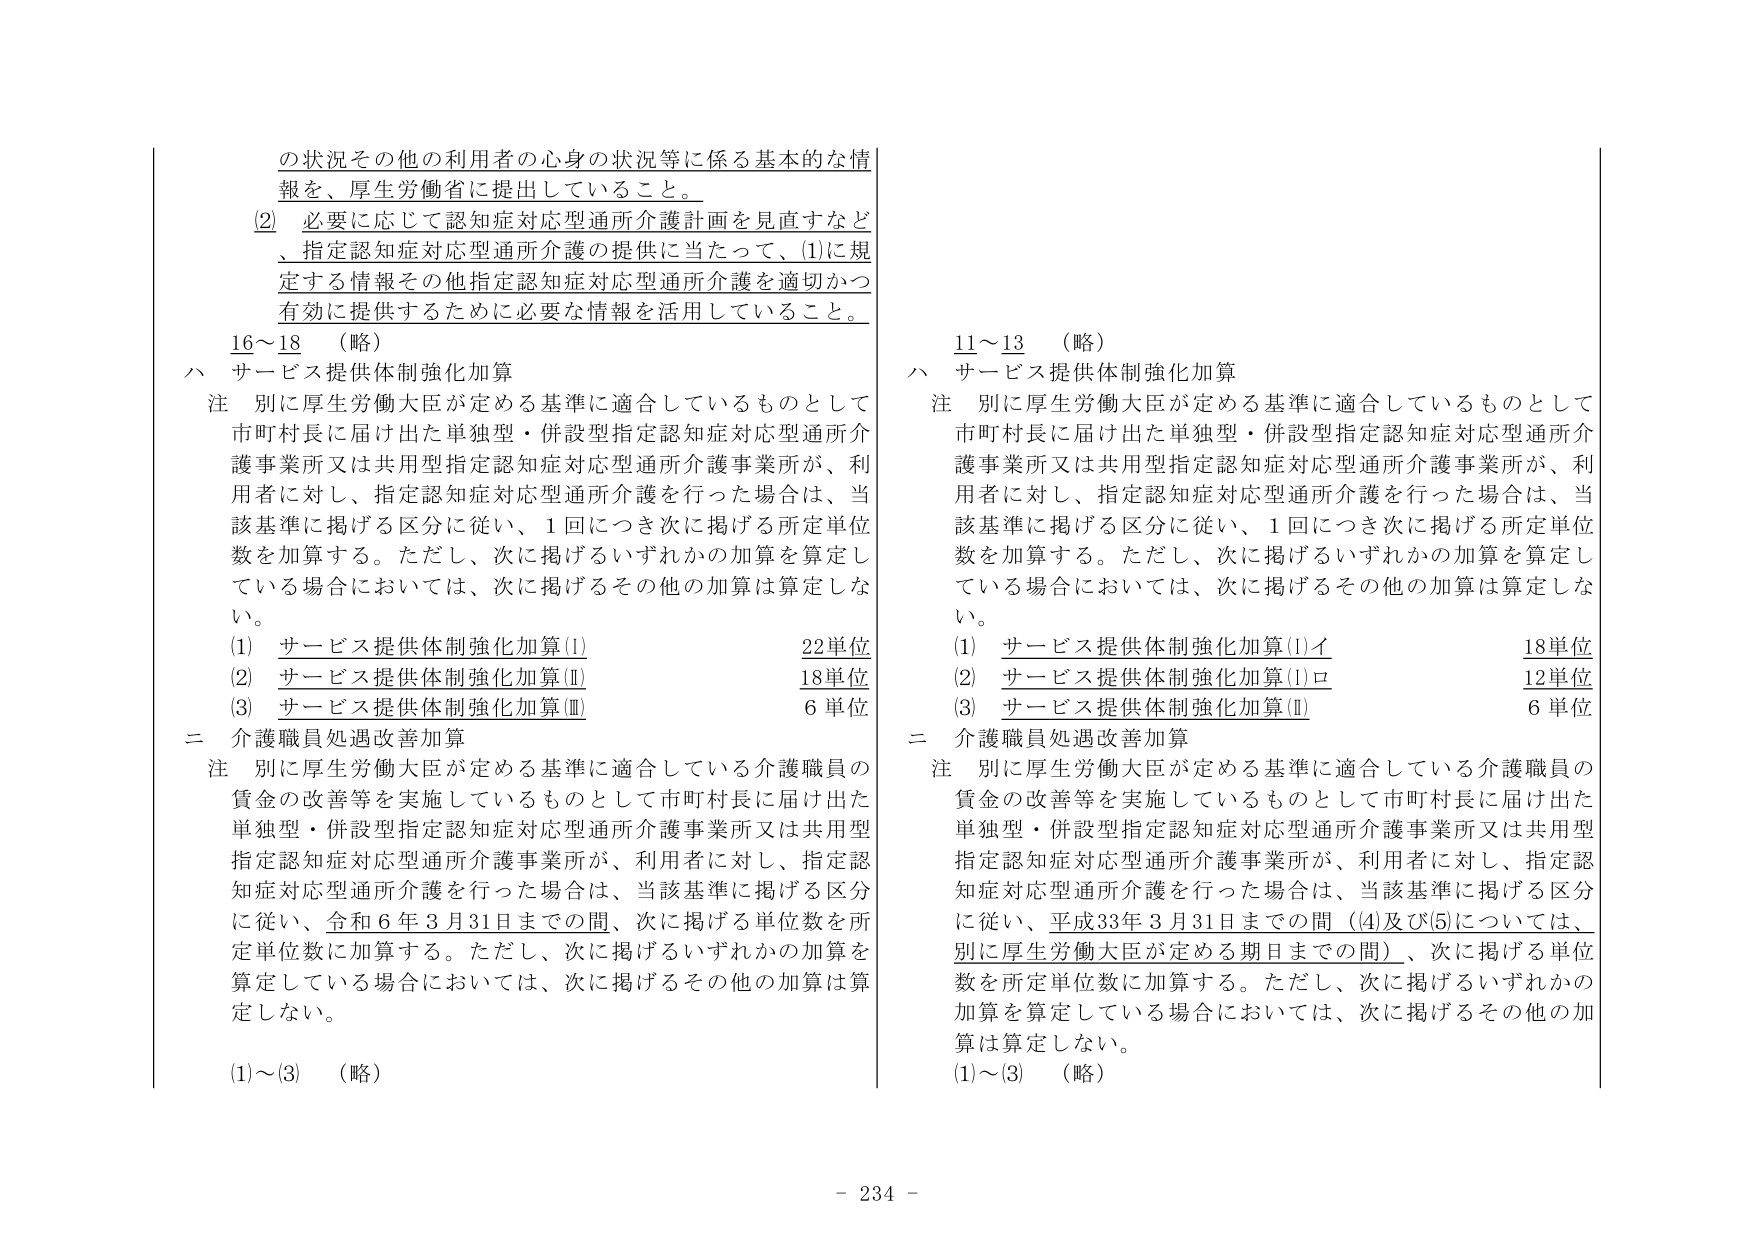
の状況その他の利用者の心身の状況等に係る基本的な情報、厚生労働省に提出していること。

(2) 必要に応じて認知症対応型通所介護計画を見直すなど、指定認知症対応型通所介護に当たって、(1)に規定する情報その他指定認知症対応型通所介護を適切かつ有効に提供するために必要な情報を活用していること。

16～18 （略）

ハ サービス提供体制強化加算

注 別に厚生労働大臣が定める基準に適合しているものとして市町村長に届け出た単独型・併設型指定認知症対応型通所介護事業所又は共用型指定認知症対応型通所介護事業所が、利用者に対し、指定認知症対応型通所介護を行った場合は、当該基準に掲げる区分に従い、1回につき次に掲げる所定単位数を加算する。ただし、次に掲げるいずれかの加算を算定している場合においては、次に掲げるその他の加算は算定しない。

(1) サービス提供体制強化加算(Ⅰ) 22単位
(2) サービス提供体制強化加算(Ⅱ) 18単位
(3) サービス提供体制強化加算(Ⅲ) 6単位

二 介護職員処遇改善加算

注 別に厚生労働大臣が定める基準に適合している介護職員の賃金の改善等を実施しているものとして市町村長に届け出た単独型・併設型指定認知症対応型通所介護事業所又は共用型指定認知症対応型通所介護事業所が、利用者に対し、指定認知症対応型通所介護を行った場合は、当該基準に掲げる区分に従い、令和6年3月31日までの間、次に掲げる単位数を所定単位数に加算する。ただし、次に掲げるいずれかの加算を算定している場合においては、次に掲げるその他の加算は算定しない。

(1)～(3) （略）

11～13 （略）

ハ サービス提供体制強化加算

注 別に厚生労働大臣が定める基準に適合しているものとして市町村長に届け出た単独型・併設型指定認知症対応型通所介護事業所又は共用型指定認知症対応型通所介護事業所が、利用者に対し、指定認知症対応型通所介護を行った場合は、当該基準に掲げる区分に従い、1回につき次に掲げる所定単位数を加算する。ただし、次に掲げるいずれかの加算を算定している場合においては、次に掲げるその他の加算は算定しない。

(1) サービス提供体制強化加算(Ⅰ)イ 18単位
(2) サービス提供体制強化加算(Ⅰ)ロ 12単位
(3) サービス提供体制強化加算(Ⅱ) 6単位

二 介護職員処遇改善加算

注 別に厚生労働大臣が定める基準に適合している介護職員の賃金の改善等を実施しているものとして市町村長に届け出た単独型・併設型指定認知症対応型通所介護事業所又は共用型指定認知症対応型通所介護事業所が、利用者に対し、指定認知症対応型通所介護を行った場合は、当該基準に掲げる区分に従い、平成33年3月31日までの間（(4)及び(5)については、別に厚生労働大臣が定める期日までの間）、次に掲げる単位数を所定単位数に加算する。ただし、次に掲げるいずれかの加算を算定している場合においては、次に掲げるその他の加算は算定しない。

(1)～(3) （略）

- 234 -